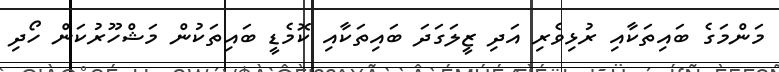
މަންމަގެ ބައިތަކާއި ރުޅިވެރި އަދި ޒީލަގަދަ ބައިތަކާއި ކޮމެޑީ ބައިތަކުން މަޝްހޫރުކަން ހޯދި